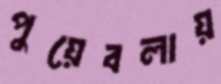
পুয়েবলায়